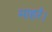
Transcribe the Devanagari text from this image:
माहरे।